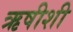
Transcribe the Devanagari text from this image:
ऋषीशी